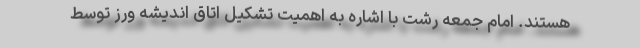
هستند. امام جمعه رشت با اشاره به اهمیت تشکیل اتاق اندیشه ورز توسط